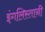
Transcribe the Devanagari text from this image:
इंगलिस्तानी